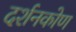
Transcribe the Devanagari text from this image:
दर्शनकोण